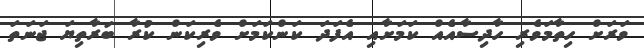
ވަރަށް ހިތާމަވެރި ހާދިސާއެއް ކަމަށާއި އެފަދަ ކަންކަމަށް ވެރިކަން ކުރާ ބަރާތިޔަ ޖަނަތަ